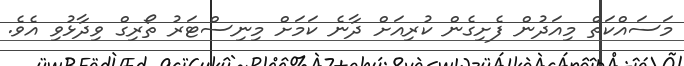
މަސައްކަތް މިއަދުން ފެށިގެން ކުރިއަށް ދާނެ ކަމަށް މިނިސްޓަރު ތޯރިގް ވިދާޅުވި އެވެ.